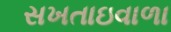
સખતાઇવાળા